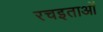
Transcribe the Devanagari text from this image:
रचइताओं